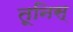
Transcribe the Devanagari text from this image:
तूनिस्